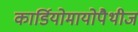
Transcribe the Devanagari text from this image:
कार्डियोमायोपैथीज